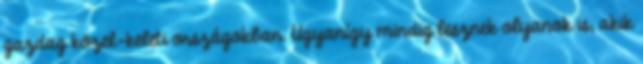
gazdag közel-keleti országokban. Ugyanígy mindig lesznek olyanok is, akik